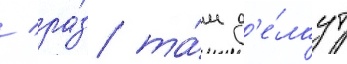
/ ра́з та́м д'е́лаут